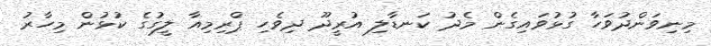
މިނިވަންދުވަހާ ގުޅުވައިގެން މެދު ކަނޑާލި އުރީދޫ ދިވެހި ޕްރިމިއާ ލީގުގެ ކުޅުން މިހާރު